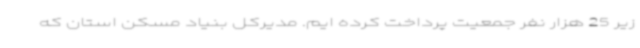
زیر 25 هزار نفر جمعیت پرداخت کرده ایم. مدیرکل بنیاد مسکن استان که